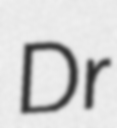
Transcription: Dr